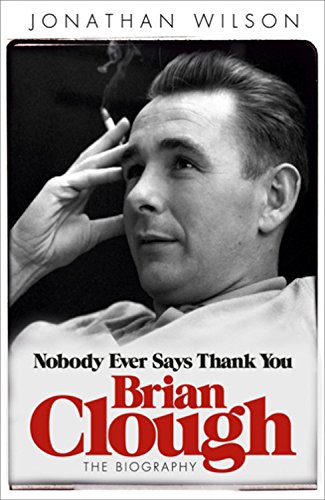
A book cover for Brian Clough: Nobody Ever Says Thank You; Jonathan Wilson; Biographies & Memoirs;